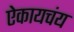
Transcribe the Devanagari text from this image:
ऐकायचंय